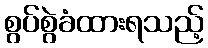
စွပ်စွဲခံထားရသည့်